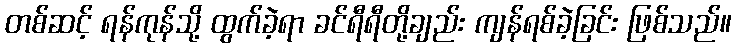
တစ်ဆင့် ရန်ကုန်သို့ ထွက်ခဲ့ရာ ခင်ရီရီတို့ချည်း ကျန်ရစ်ခဲ့ခြင်း ဖြစ်သည်။